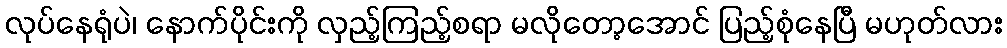
လုပ်နေရုံပဲ၊ နောက်ပိုင်းကို လှည့်ကြည့်စရာ မလိုတော့အောင် ပြည့်စုံနေပြီ မဟုတ်လား